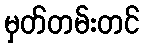
မှတ်တမ်းတင်